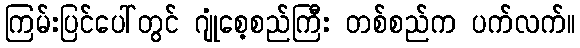
ကြမ်းပြင်ပေါ်တွင် ဂျုံစေ့စည်ကြီး တစ်စည်က ပက်လက်။